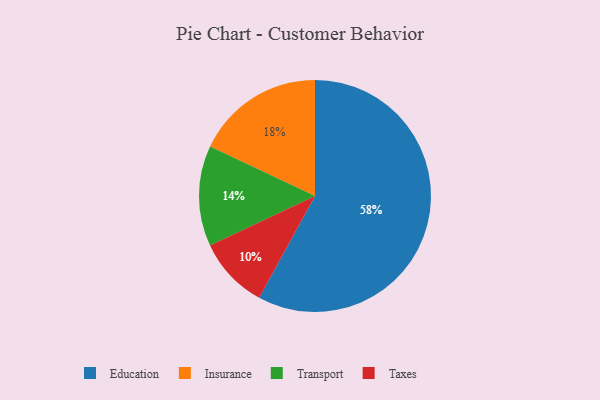
{"axis": {"x": "Category", "y": "Percentage"}, "legend": ["Education", "Insurance", "Taxes", "Transport"], "data": [{"x": "Education", "y": 58, "type": "Education"}, {"x": "Transport", "y": 14, "type": "Transport"}, {"x": "Taxes", "y": 10, "type": "Taxes"}, {"x": "Insurance", "y": 18, "type": "Insurance"}]}